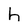
Character: h